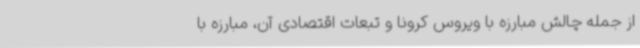
از جمله چالش مبارزه با ویروس کرونا و تبعات اقتصادی آن، مبارزه با